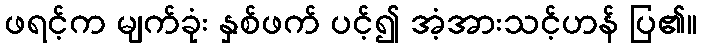
ဖရင့်က မျက်ခုံး နှစ်ဖက် ပင့်၍ အံ့အားသင့်ဟန် ပြ၏။